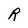
Character: R